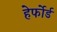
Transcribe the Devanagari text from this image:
हेर्फोर्ड